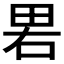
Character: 𰣁